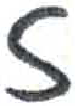
אות: ז